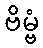
ဗိမ္ဗံ